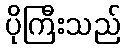
ပိုကြီးသည်